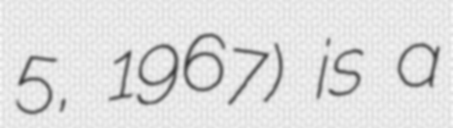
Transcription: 5, 1967) is a